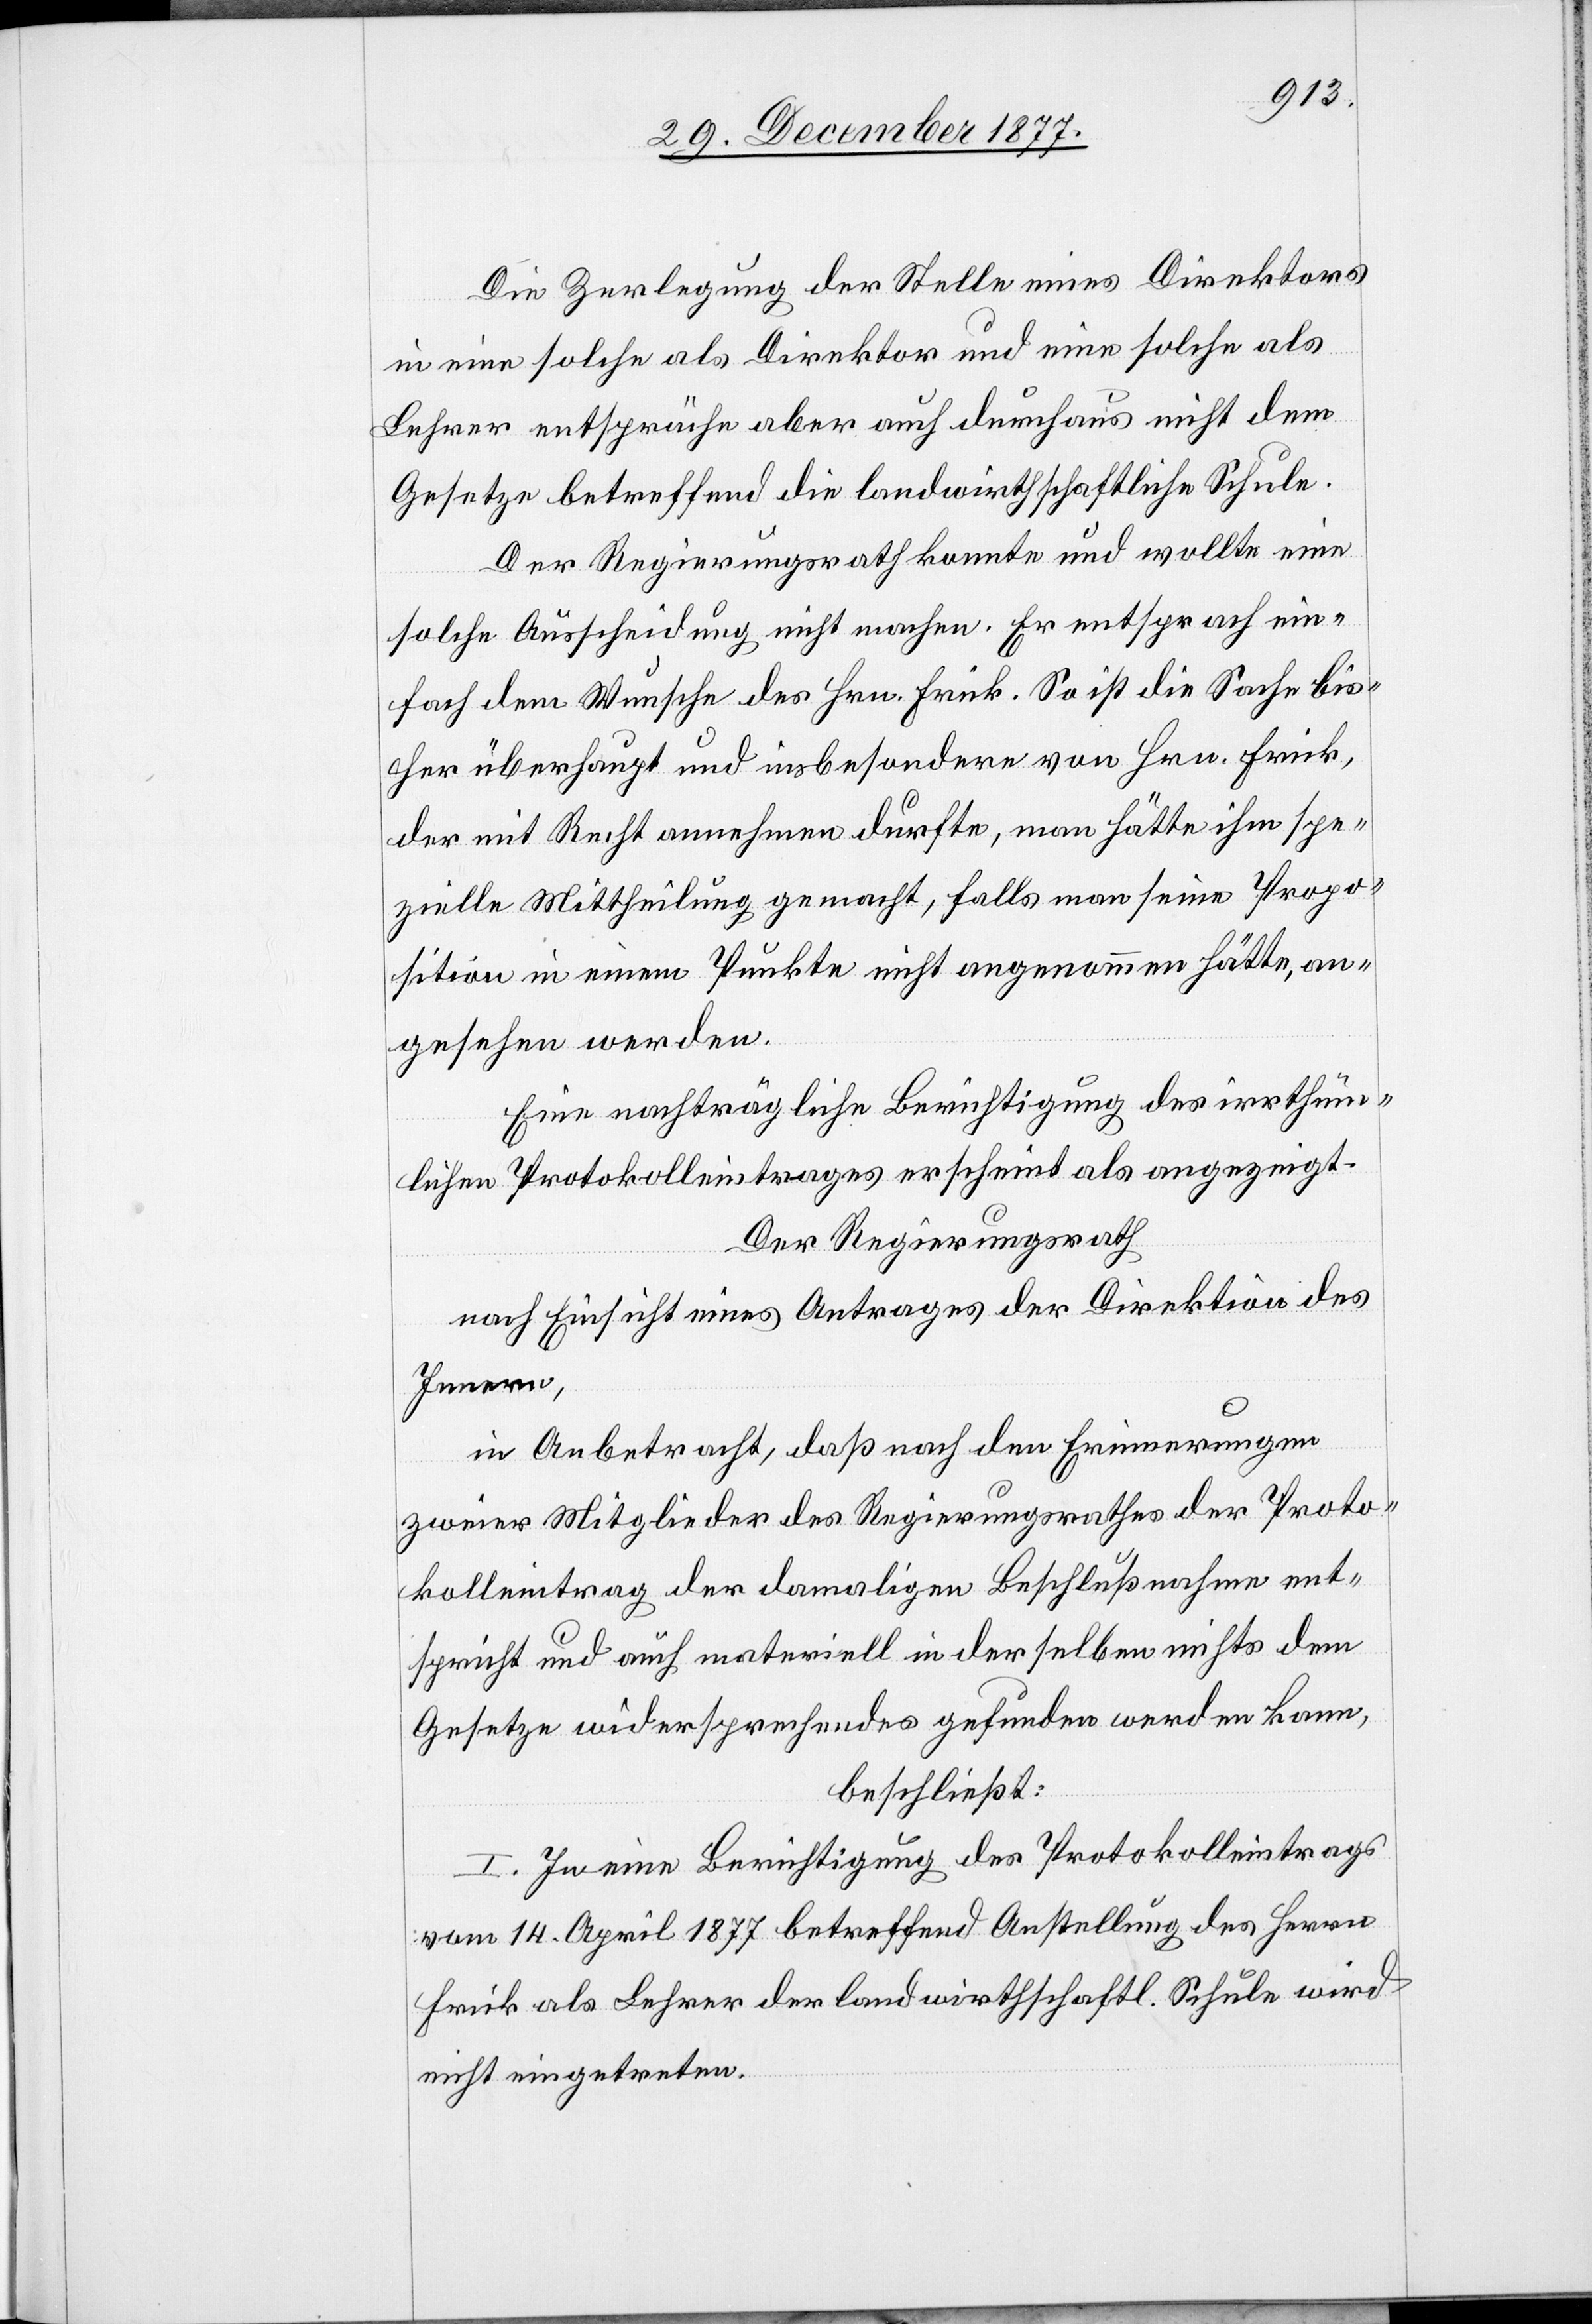
Die Zerlegung der Stelle eines Direktors
in eine solche als Direktor und eine solche als
Lehrer entspräche aber auch durchaus nicht dem
Gesetze betreffend die landwirthschaftliche Schule.
Der Regierungsrath konnte und wollte eine
solche Ausscheidung nicht machen. Er entsprach ein¬
fach dem Wunsche des Hrn. Frick. So ist die Sache bis¬
her überhaupt und insbesondere von Hrn. Frick,
der mit Recht annehmen durfte, man hätte ihm spe¬
zielle Mittheilung gemacht, falls man seine Propo¬
sition in einem Punkte nicht angenommen hätte, an¬
gesehen werden.
Eine nachträgliche Berichtigung des irrthüm¬
lichen Protokolleintrages erscheint als angezeigt.
Der Regierungsrath
nach Einsicht eines Antrages der Direktion des
Innern,
in Anbetracht, daß nach den Erinnerungen
zweier Mitglieder des Regierungsrathes der Proto¬
kolleintrag der damaligen Beschlußnahme ent¬
spricht und auch materiell in derselben nichts dem
Gesetze widersprechendes gefunden werden kann,
beschließt:
I. In eine Berichtigung des Protokolleintrags
vom 14. April 1877 betreffend Anstellung des Herrn
Frick als Lehrer der landwirthschaftl. Schule wird
nicht eingetreten.